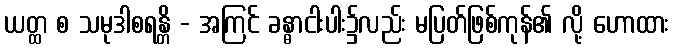
ယတ္ထ စ သမုဒါစရန္တိ - အကြင် ခန္ဓာငါးပါး၌လည်း မပြတ်ဖြစ်ကုန်၏ လို့ ဟောထား